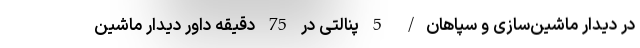
در دیدار ماشین‌سازی و سپاهان/ 5 پنالتی در 75 دقیقه داور دیدار ماشین